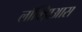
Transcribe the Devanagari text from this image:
लॉक्झिआस